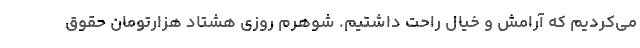
می‌کردیم که آرامش و خیال راحت داشتیم. شوهرم روزی هشتاد هزارتومان حقوق